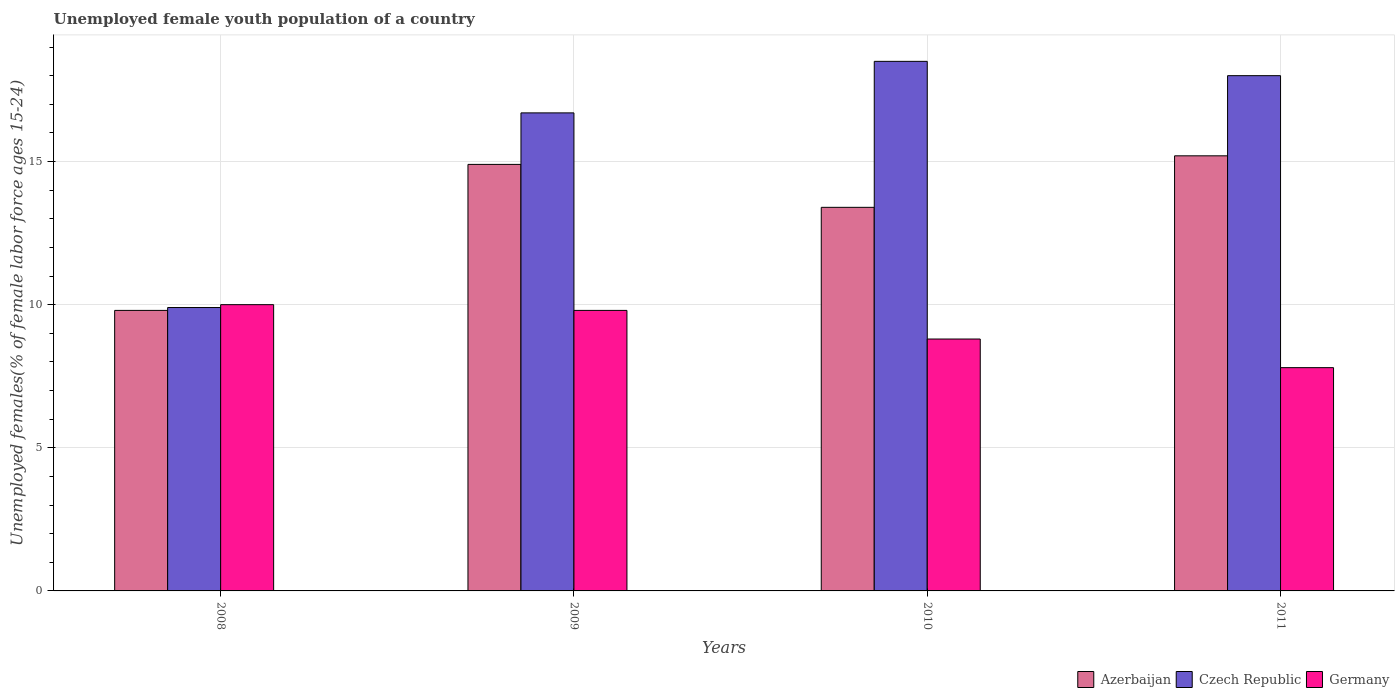
| Years | Azerbaijan | Czech Republic | Germany |
 | --- | --- | --- | --- |
 | 2008 | 9.8 | 9.9 | 10 |
 | 2009 | 14.9 | 16.7 | 9.8 |
 | 2010 | 13.4 | 18.5 | 8.8 |
 | 2011 | 15.2 | 18 | 7.8 |